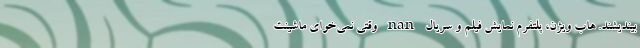
بیندیشند. هاب ویژن، پلتفرم نمایش فیلم و سریال nan وقتی نمی‌خوای ماشینت